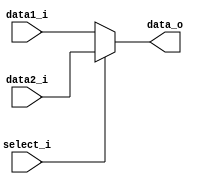
`timescale 1ns / 1ps

module MUX32(
    data1_i    ,
    data2_i    ,
    select_i   ,
    data_o     
);

input [31:0] data1_i,data2_i;
input select_i;
output[31:0] data_o;

assign data_o = (select_i)? data2_i : data1_i ;

endmodule